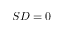
S D = 0